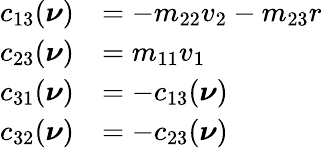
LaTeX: \begin{array}{rl}{c_{13}(\boldsymbol{\nu})}&{=-m_{22}v_{2}-m_{23}{r}}\\ {c_{23}(\boldsymbol{\nu})}&{=m_{11}v_{1}}\\ {c_{31}(\boldsymbol{\nu})}&{=-c_{13}(\boldsymbol{\nu})}\\ {c_{32}(\boldsymbol{\nu})}&{=-c_{23}(\boldsymbol{\nu})}\end{array}